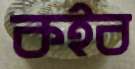
কইব